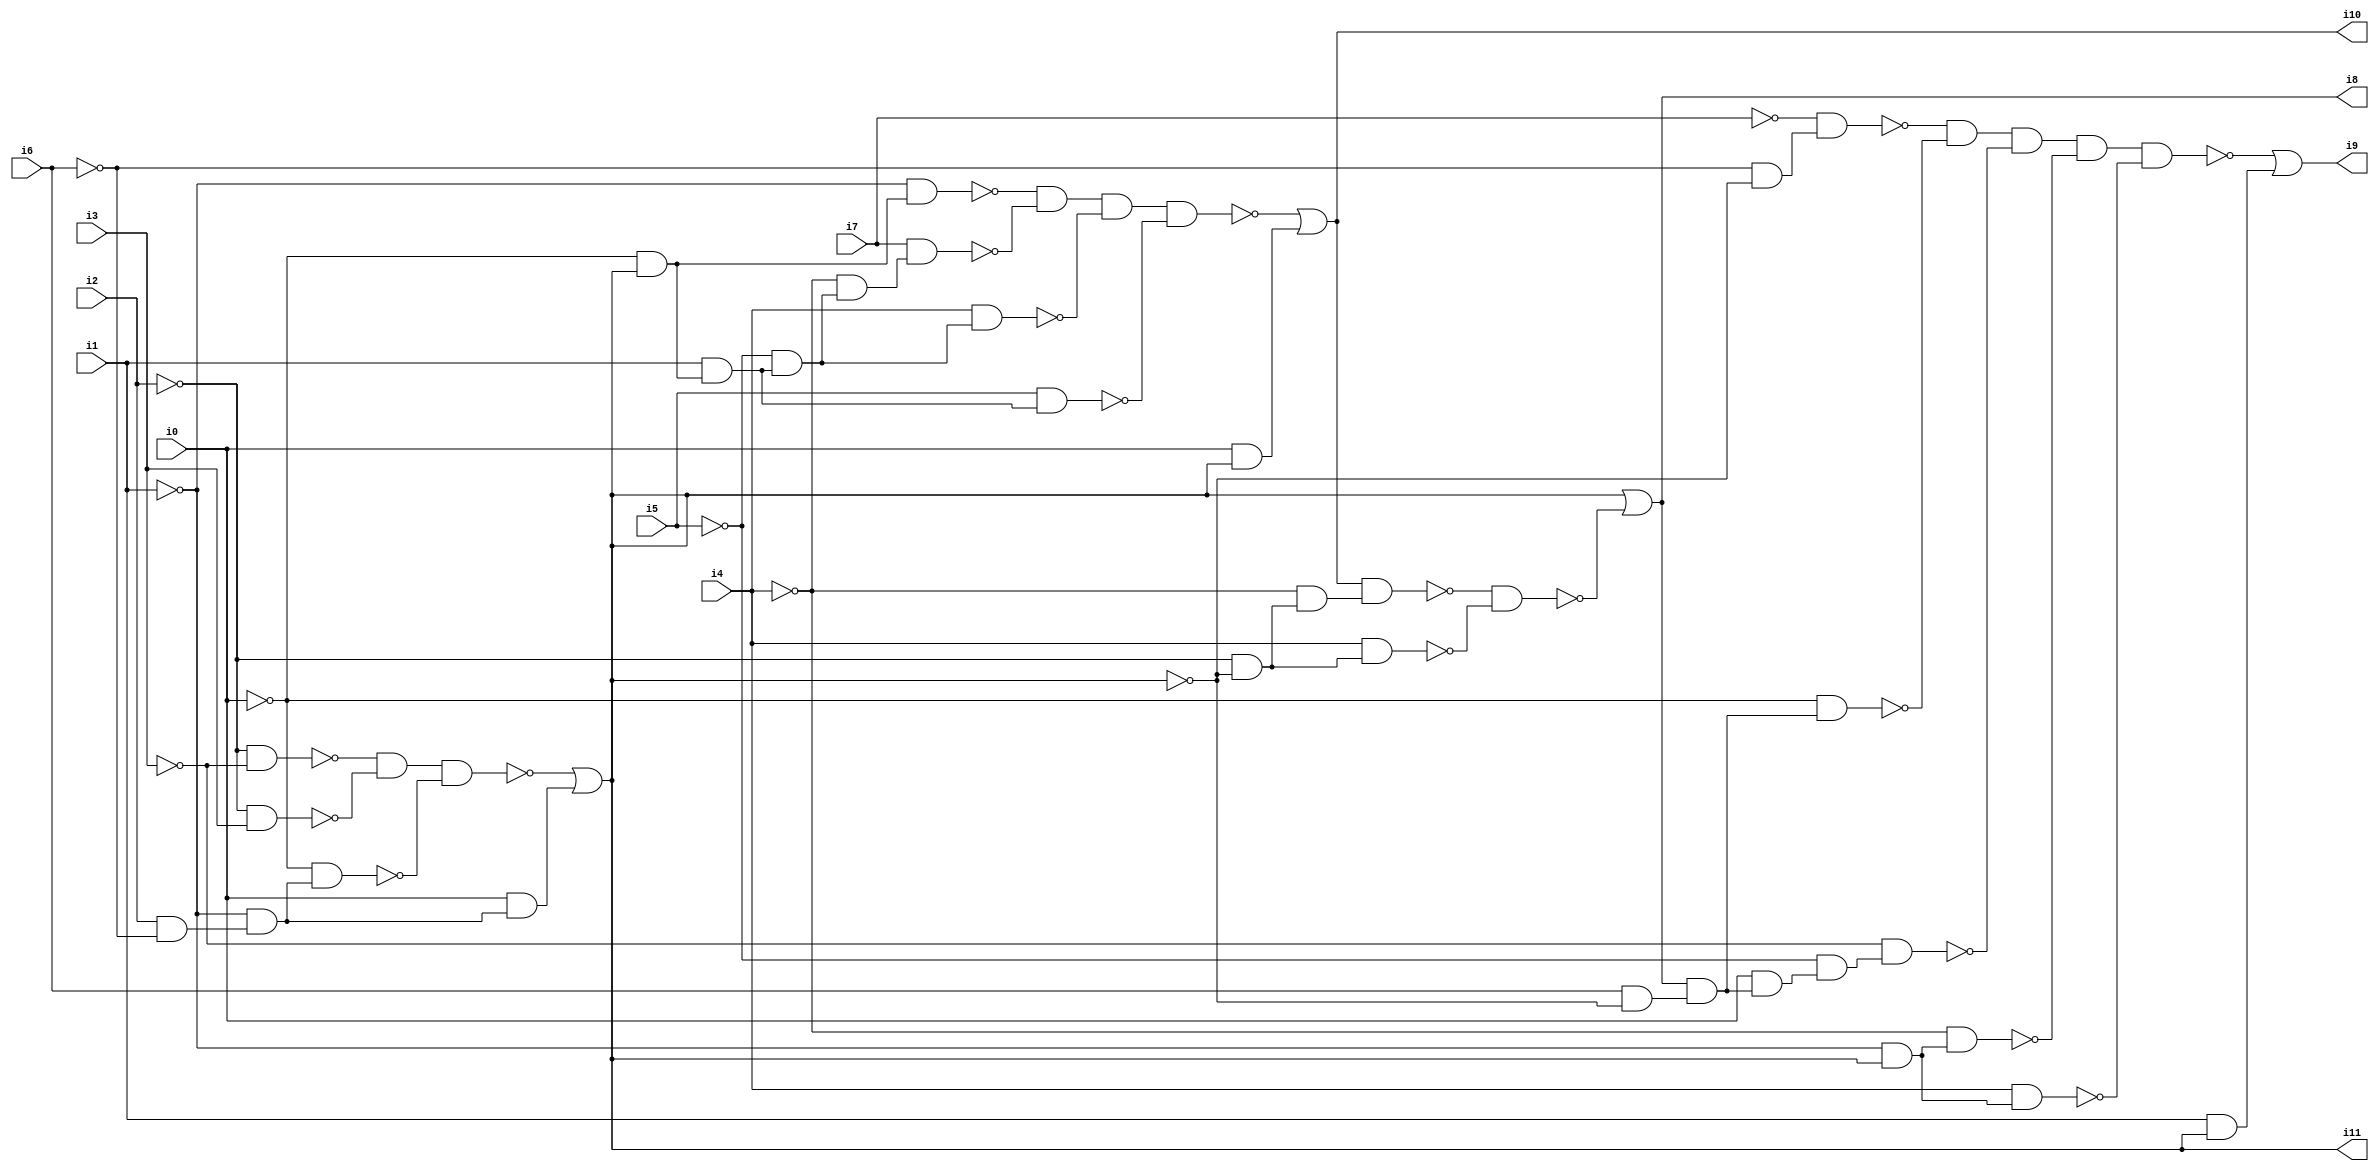
// Benchmark "SKOLEMFORMULA" written by ABC on Mon May  4 05:27:36 2020

module SKOLEMFORMULA ( 
    i0, i1, i2, i3, i4, i5, i6, i7,
    i8, i9, i10, i11  );
  input  i0, i1, i2, i3, i4, i5, i6, i7;
  output i8, i9, i10, i11;
  wire n13, n14, n15, n16, n17, n18, n19, n20, n22, n23, n24, n25, n26, n27,
    n28, n29, n30, n31, n32, n33, n35, n36, n37, n38, n39, n41, n42, n43,
    n44, n45, n46, n47, n48, n49, n50, n51, n52, n53, n54, n55, n56;
  assign n13 = ~i2 & ~i3;
  assign n14 = ~i2 & i3;
  assign n15 = ~n13 & ~n14;
  assign n16 = i2 & ~i6;
  assign n17 = ~i1 & n16;
  assign n18 = ~i0 & n17;
  assign n19 = n15 & ~n18;
  assign n20 = i0 & n17;
  assign i11 = ~n19 | n20;
  assign n22 = ~i0 & i11;
  assign n23 = ~i1 & n22;
  assign n24 = i1 & n22;
  assign n25 = ~i5 & n24;
  assign n26 = ~i4 & n25;
  assign n27 = i7 & n26;
  assign n28 = ~n23 & ~n27;
  assign n29 = i4 & n25;
  assign n30 = n28 & ~n29;
  assign n31 = i5 & n24;
  assign n32 = n30 & ~n31;
  assign n33 = i0 & i11;
  assign i10 = ~n32 | n33;
  assign n35 = ~i2 & ~i11;
  assign n36 = ~i4 & n35;
  assign n37 = i10 & n36;
  assign n38 = i4 & n35;
  assign n39 = ~n37 & ~n38;
  assign i8 = i11 | ~n39;
  assign n41 = ~i6 & ~i11;
  assign n42 = ~i7 & n41;
  assign n43 = i6 & ~i11;
  assign n44 = i8 & n43;
  assign n45 = ~i0 & n44;
  assign n46 = ~n42 & ~n45;
  assign n47 = i0 & n44;
  assign n48 = ~i5 & n47;
  assign n49 = ~i3 & n48;
  assign n50 = n46 & ~n49;
  assign n51 = ~i1 & i11;
  assign n52 = ~i4 & n51;
  assign n53 = n50 & ~n52;
  assign n54 = i4 & n51;
  assign n55 = n53 & ~n54;
  assign n56 = i1 & i11;
  assign i9 = ~n55 | n56;
endmodule